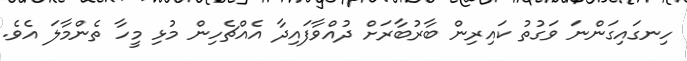
ހިނގައިގަންނަ ވަގުތު ކައިރިން ބާރުބާރަށް ދުއްވާފައިދާ އެއްޗެހިން މުޅި މީހާ ތެންމާލަ އެވެ.